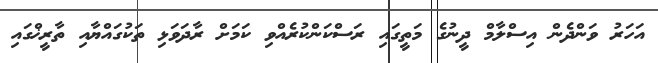
އަހަރު ވަންދެން އިސްލާމް ދީނުގެ މަތީގައި ރަސްކަންކުރެއްވި ކަމަށް ރާދަވަޅި ތަކުގައްޔާއި ތާރީޚްގައި